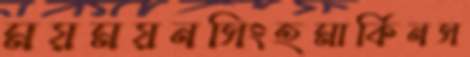
ময়ময়নসিংহমার্কিনস